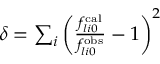
\begin{array} { r } { \delta = \sum _ { i } \left( \frac { f _ { l i 0 } ^ { \mathrm { c a l } } } { f _ { l i 0 } ^ { \mathrm { o b s } } } - 1 \right) ^ { 2 } } \end{array}